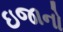
ઇજાનો